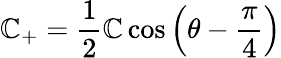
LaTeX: \mathbb{C}_{+}={\frac{{1}}{{2}}}\mathbb{C}\cos{\left(\theta-{\frac{{\pi}}{{4}}}\right)}